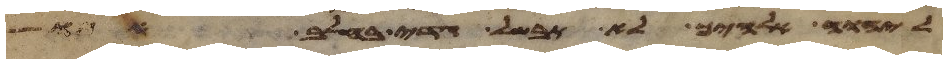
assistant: ליהוה אלהיך לא תבשל גדי בחלב אמו